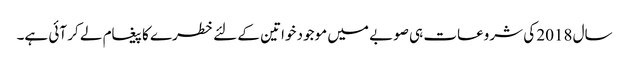
سال 2018 کی شروعات ہی صوبے میں موجود خواتین کے لئے خطرے کا پیغام لے کر آئی ہے۔